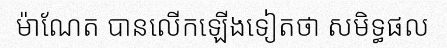
ម៉ាណែត បានលើកឡើងទៀតថា សមិទ្ធផល